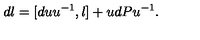
d l = [ d u u ^ { - 1 } , l ] + u d P u ^ { - 1 } .